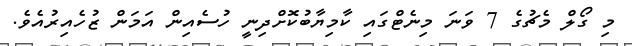
މި ގޯލް މެޗުގެ 7 ވަނަ މިނެޓްގައި ކާމިޔާބުކޮށްދިނީ ހުސެއިން އަމަން ޒުހެއިރުއެވެ.